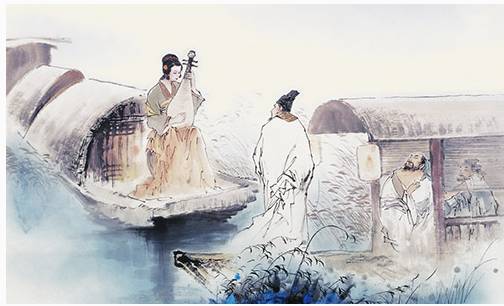
昨风一吹无人会，今夜清光似往年。